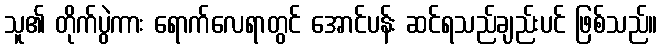
သူ၏ တိုက်ပွဲကား ရောက်လေရာတွင် အောင်ပန်း ဆင်ရသည်ချည်းပင် ဖြစ်သည်။